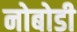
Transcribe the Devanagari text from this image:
नोबोडी